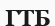
ГТБ